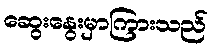
ဆွေးနွေးမှာကြားသည်